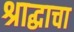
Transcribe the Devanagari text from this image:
श्राद्धाचा